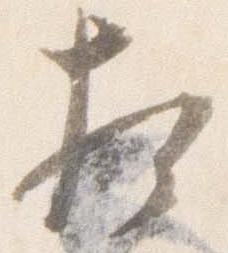
相